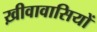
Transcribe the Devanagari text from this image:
ख़ीवावासियों